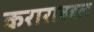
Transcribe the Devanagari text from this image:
कराराबद्दल